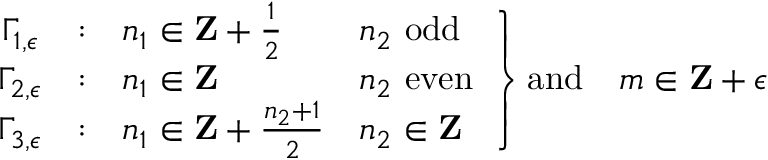
\left. \begin{array} { c c l l } { { \Gamma _ { 1 , \epsilon } } } & { { : } } & { { n _ { 1 } \in { \bf Z } + { \frac { 1 } { 2 } } } } & { { n _ { 2 } \ \mathrm { o d d } } } \\ { { \Gamma _ { 2 , \epsilon } } } & { { : } } & { { n _ { 1 } \in { \bf Z } } } & { { n _ { 2 } \ \mathrm { e v e n } } } \\ { { \Gamma _ { 3 , \epsilon } } } & { { : } } & { { n _ { 1 } \in { \bf Z } + { \frac { n _ { 2 } + 1 } { 2 } } } } & { { n _ { 2 } \in { \bf Z } } } \end{array} \right\} \mathrm { a n d } \quad m \in { \bf Z } + \epsilon